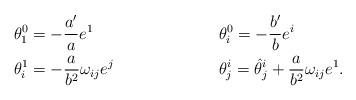
LaTeX: \begin{align*}\theta^0_1 &= -\frac{a'}{a} e^1 && \theta^0_i = -\frac{b'}{b} e^i \\\theta^1_i &= - \frac{a}{b^2} \omega_{ij} e^j && \theta^i_j = \hat{\theta}^i_j + \frac{a}{b^2} \omega_{ij} e^1.\end{align*}